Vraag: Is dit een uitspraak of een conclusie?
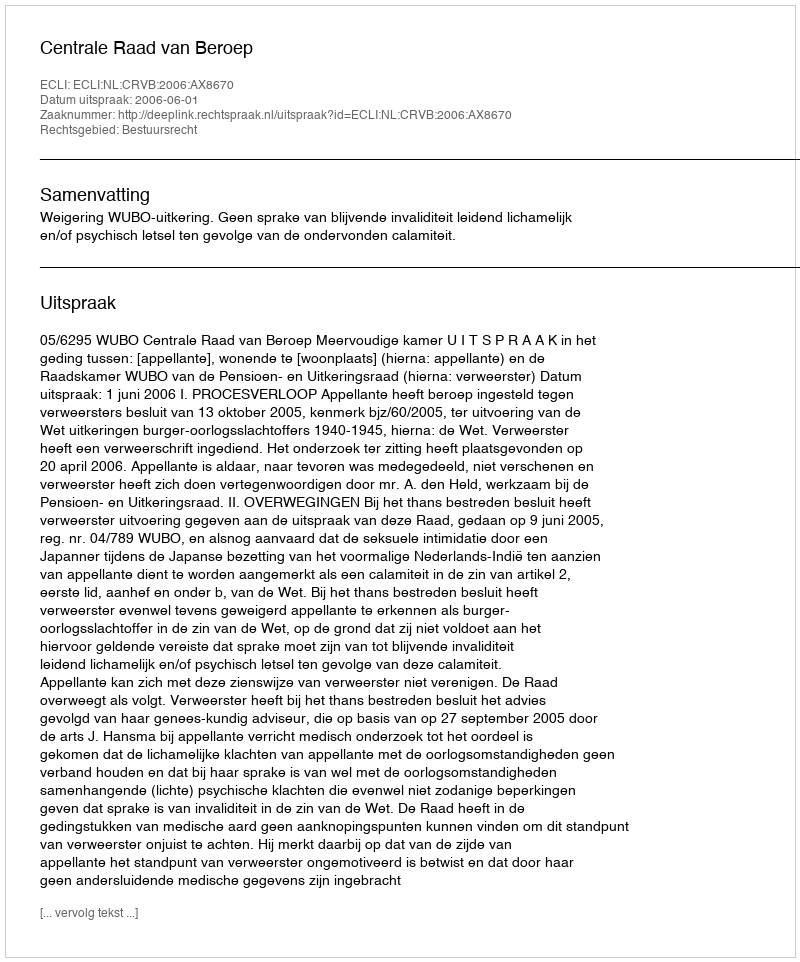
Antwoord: Uitspraak